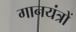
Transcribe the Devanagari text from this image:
गानयंत्रों